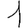
Digit: 1